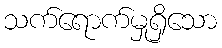
သက်ရောက်မှုရှိသော